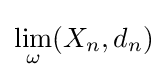
\lim _{\omega }(X_{n},d_{n})